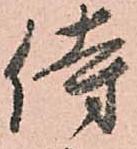
侍